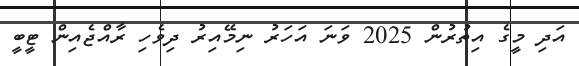
އަދި މީގެ އިތުރުން 2025 ވަނަ އަހަރު ނިމޭއިރު ދިވެހި ރާއްޖެއިން ޓީބީ